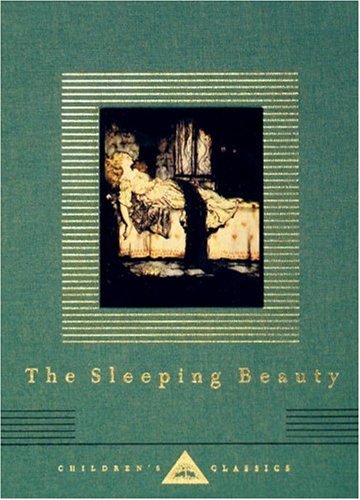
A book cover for The Sleeping Beauty (Everyman's Library Children's Classics); C. S. Evans; Children's Books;